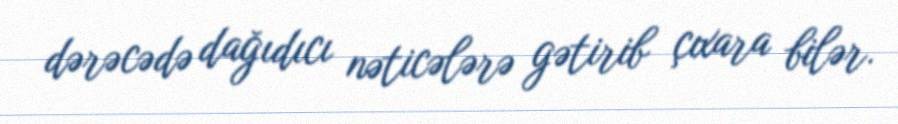
dərəcədə dağıdıcı nəticələrə gətirib çıxara bilər.